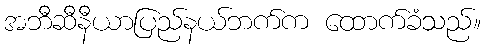
အဘီဆီနီယာပြည်နယ်ဘက်က ထောက်ခံသည်။